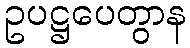
ဥပဋ္ဌပေတွာန